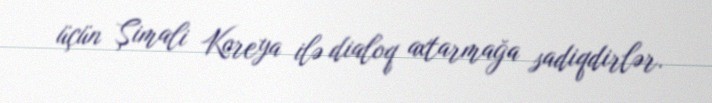
üçün Şimali Koreya ilə dialoq axtarmağa sadiqdirlər.